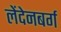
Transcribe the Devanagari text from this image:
लेंदेनबर्ग